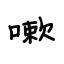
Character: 嗽